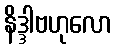
နိဒ္ဒါဗဟုလော